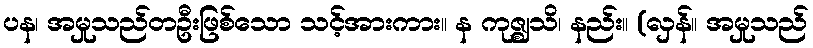
ပန၊ အမှုသည်တဦးဖြစ်သော သင့်အားကား။ န ကုဇ္ဈသိ၊ နည်း။ (လှန်။ အမှုသည်